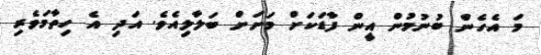
މަ އެހެން ބުނުމުން އީން ފާޑަކަށް މަށަށް ބަލާލިއެވެ. އަދި އެ ހިތާމަވެރި